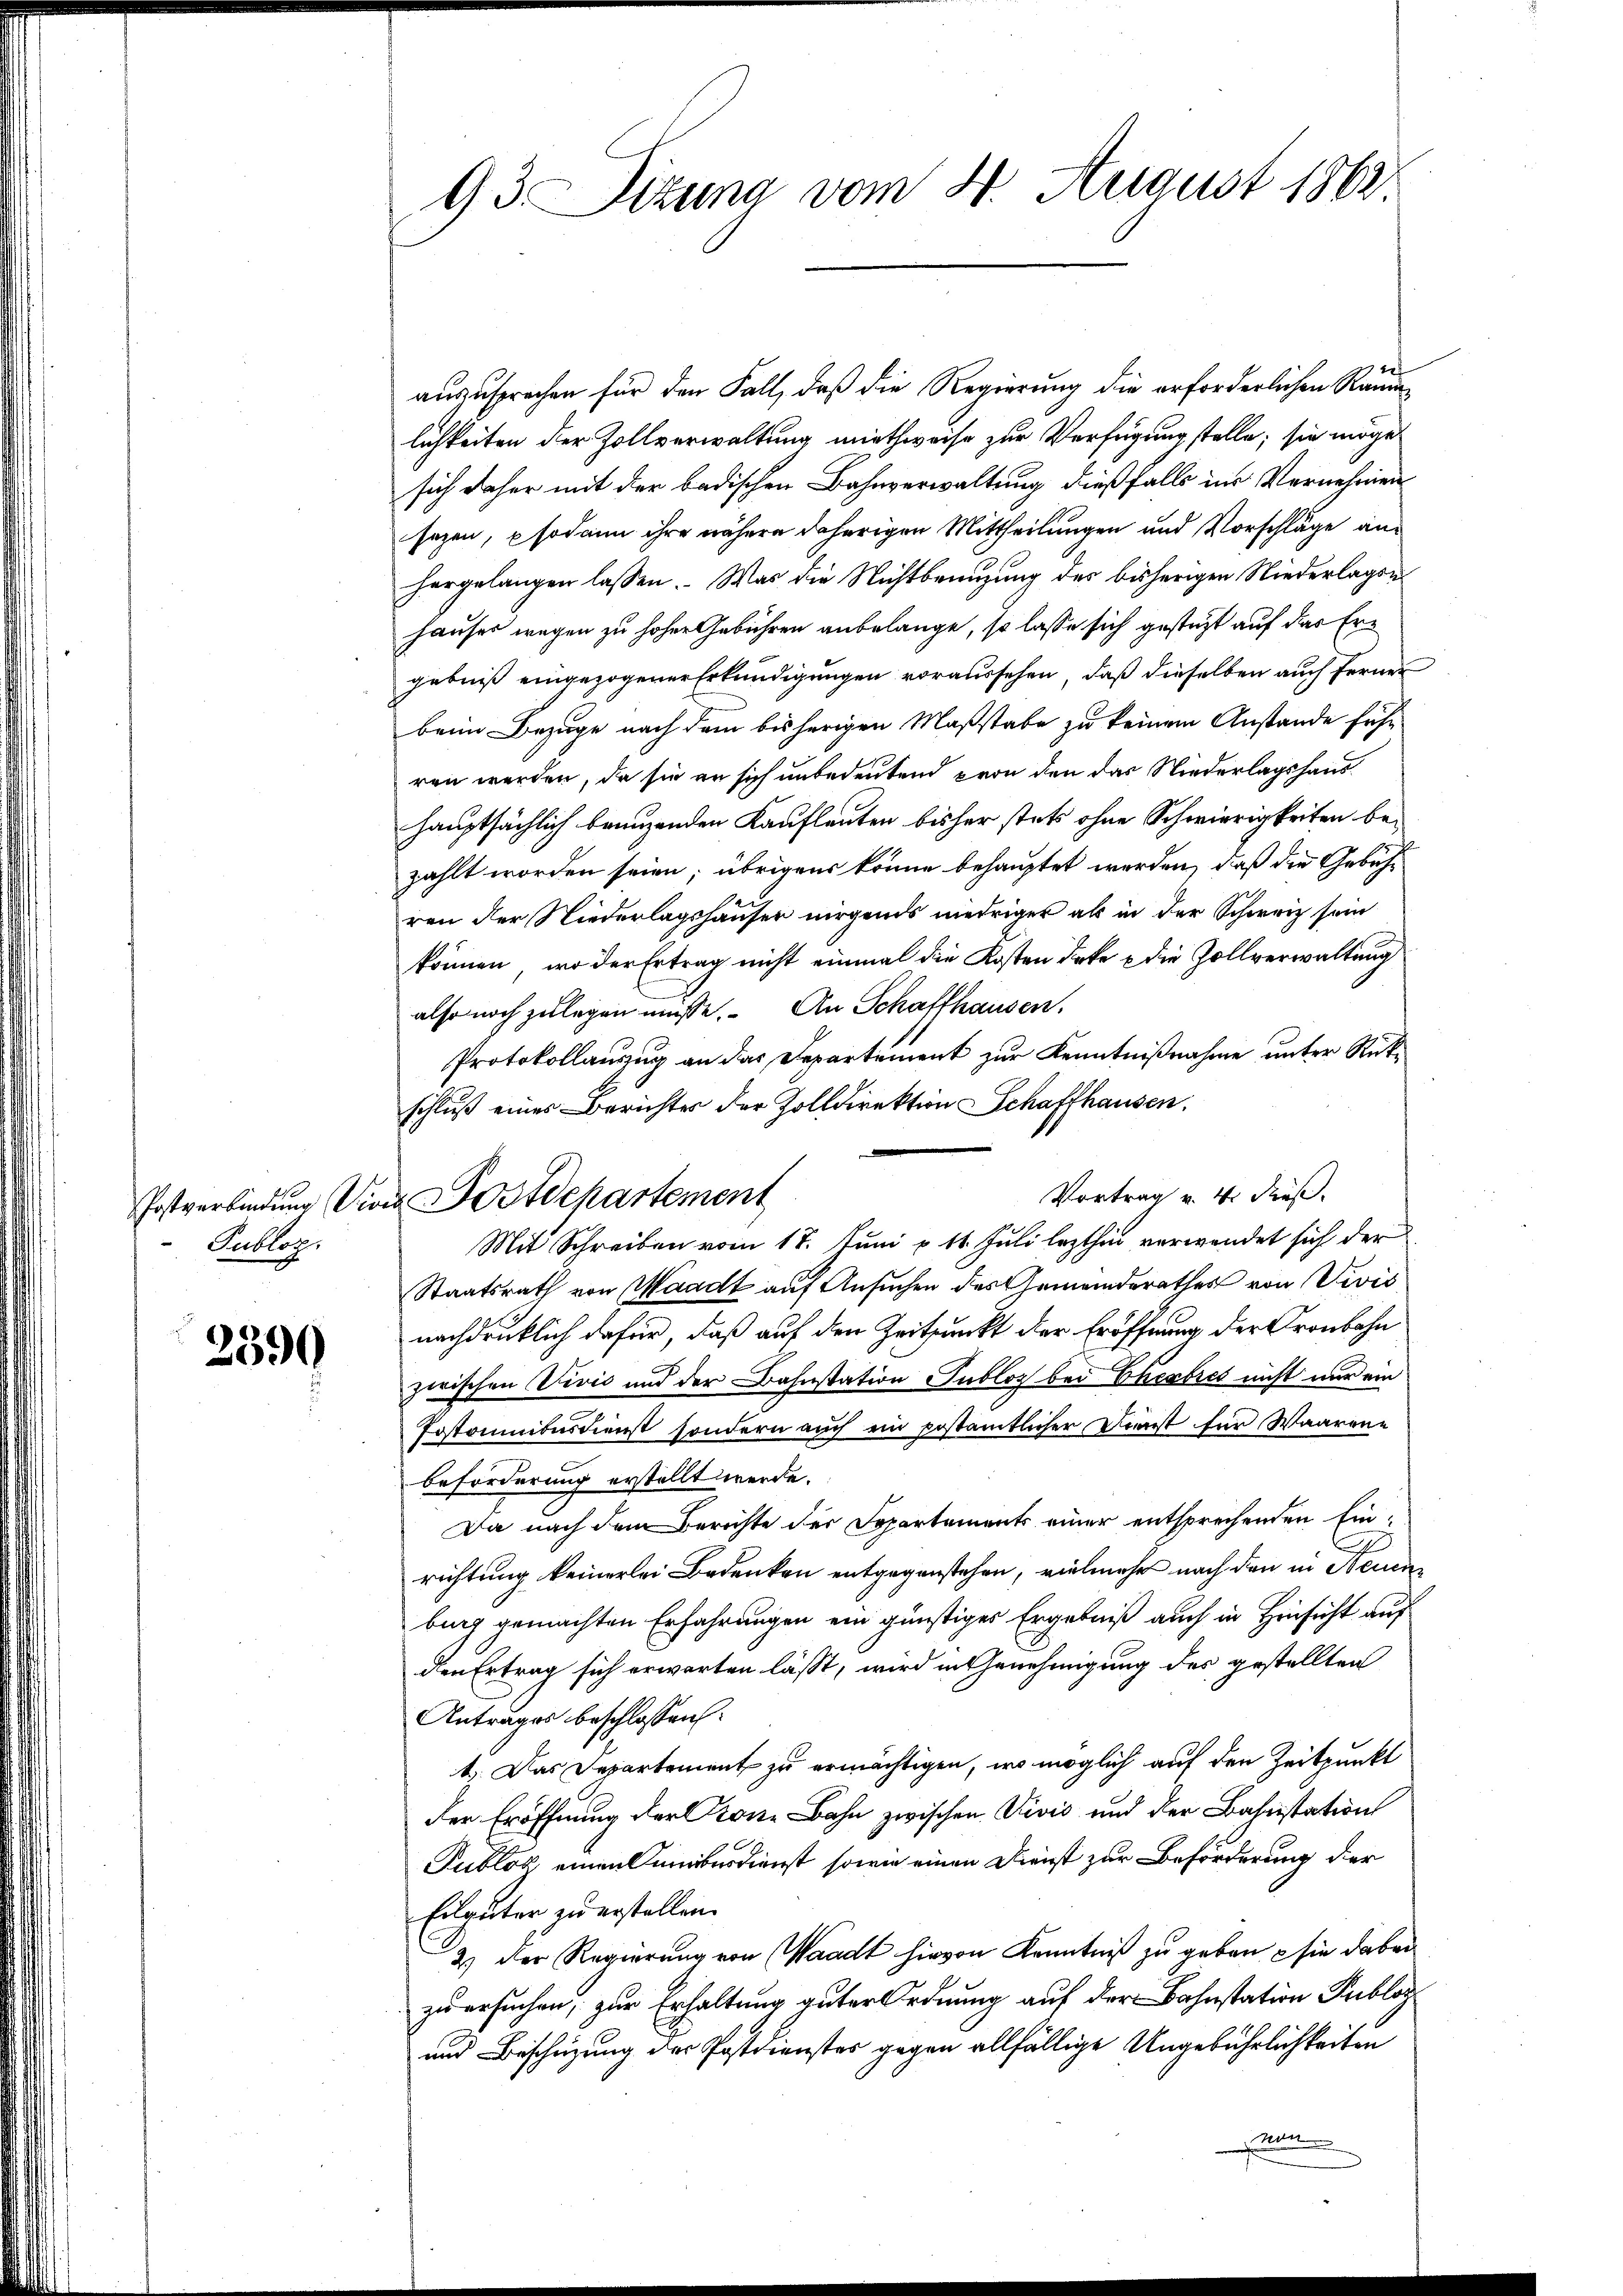
Postverbindung die
Publoz.

2599

93 Sizung vom 4. August 1862

Postdepartement

auszusprechen für den Fall, daß die Regierung die erforderlichen Räumlichkeiten der Zollverwaltung miethweise zur Verfügung stelle; sie möge
sich daher mit der badischen Bahnverwaltung dießfalls in Vernehmen
sezen, sodann ihre nähere daherigen Mittheilungen und Vorschläge anhergelangen lassen. Was die Nichtbenuzung des bisherigen Niederlagenhauser wegen zu hoher Gebühren anbelange, so lasse sich gestüzt auf das Ergebniß eingezogener Erkundigungen voraussehen, daß dieselben auch ferner
beim Bezuge nach dem bisherigen Maßstabe zu keinem Anstande führ
ren werden, da sie er sich unbedeutend von den das Niederlagshaushauptsächlich branzenden Kaufleuten bisher stets ohne Schwierigkeiten bezählt worden seien; übrigens könne behauptet werden, daß die Gebühren der Niederlagshauser nirgends niedriger als in der Schweiz sein
können, wo der Ertrag nicht einmal die Kosten deke & die Zollverwaltung
also noch zulegen müsse. An Schaffhausen,
Protokollauszug an das Departement zur Kenntnißnahme unter Rückschluß eines Berichtes der Zolldirektion Schaffhausen.
Vortrag v. 4. Fuß.
Mit Schreiben vom 17. Juni p. 11. Juli lezthin verwendet sich der
Staatsrath von Waadt auf Ansuchen des Gemeinderathes von Divis
nachdrücklich dafür, daß auf den Zeitpunkt der Eröffnung der Kronbahn
zwischen Vivić und der Bahnstation Gubloz bei Eherbres nicht nur ein
Postaunionsdienst sondern auch ein postamtlicher Dienst für Waarene
beförderung erstellt werde.
Da nach dem Berichte der Departements einer entsprechenden Ein-
richtung keinerlei Bedenken entgegenstehen, vielmehr nach den in Namen
burg gemachten Erfahrungen ein günstiges Ergebniß auch in Hinsicht auf
den Ertrag sich erwarten lässt, wird in Genehmigung des gestellten
Antrages beschlossen:
t. Das Departement zu ermächtigen, wo möglich auf den Zeitpunkt
der Eröffnung der Krone Bahn zwischen Divis und der Bahnstation
Tublok einen unüberdienst, sowie einen Dienst zur Beförderung der
Eilguter zu erstellen.
2.) Der Regierung von Waadt hievon Kenntniß zu geben sie dabei
zu ersuchen, zur Erhaltung guter Ordnung auf der Bahnstation Publoc
und Beschützung der Postdienstes gegen allfällige Ungebührlichkeiten
nan